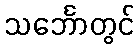
သင်္ဘောတွင်